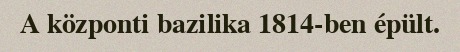
A központi bazilika 1814-ben épült.